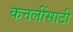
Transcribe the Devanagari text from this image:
कत्तलींसाठी